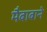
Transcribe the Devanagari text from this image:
मैबाबाने